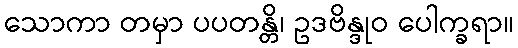
သောကာ တမှာ ပပတန္တိ၊ ဥဒဗိန္ဒုဝ ပေါက္ခရာ။